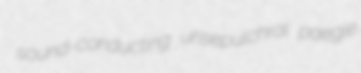
sound-conducting unsepulchral paegle